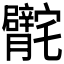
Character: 𰍣